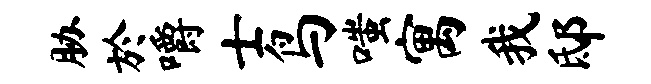
胁於嚼士鸟嗤寓我邸